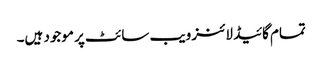
تمام گائیڈ لائنز ویب سائٹ پر موجود ہیں۔